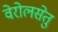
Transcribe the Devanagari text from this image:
वेरोलसेतु